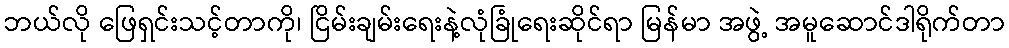
ဘယ်လို ဖြေရှင်းသင့်တာကို၊ ငြိမ်းချမ်းရေးနဲ့လုံခြုံရေးဆိုင်ရာ မြန်မာ အဖွဲ့ အမူဆောင်ဒါရိုက်တာ